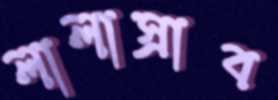
লালাস্রাব